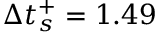
\Delta t _ { s } ^ { + } = 1 . 4 9